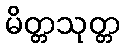
မိတ္တသုတ္တ